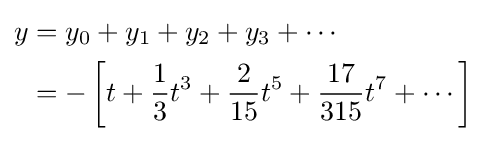
{\begin{aligned}y&=y_{0}+y_{1}+y_{2}+y_{3}+\cdots \\&=-\left[t+{\frac {1}{3}}t^{3}+{\frac {2}{15}}t^{5}+{\frac {17}{315}}t^{7}+\cdots \right]\end{aligned}}